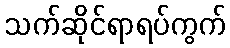
သက်ဆိုင်ရာရပ်ကွက်